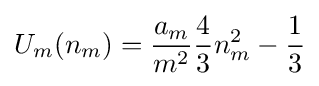
U_{m}(n_{m})={\frac {a_{m}}{m^{2}}}{\frac {4}{3}}n_{m}^{2}-{\frac {1}{3}}